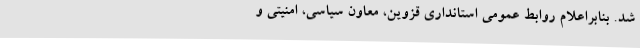
شد. بنابراعلام روابط عمومی استانداری قزوین، معاون سیاسی، امنیتی و